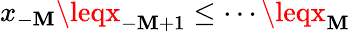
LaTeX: x_{-\mathbf{M}}\leqx_{-\mathbf{M}+1}\leq\cdots\leqx_{\mathbf{M}}